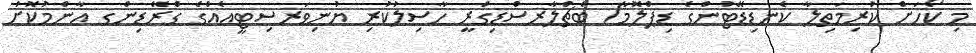
މި ކޯހަށް ކުރިމަތިލާ ކެނޑިޑޭޓުންގެ ޑިޕްލޮމާ/ ބެޗްލާރސްޑިގްރީ ހާސިލުކުރި ޔުނިވަރސިޓީއެއްގެ ގްރޭޑިންގ އާންމުކޮށް